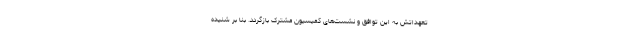
تعهداتش به این توافق و نشست‌های کمیسیون مشترک بازگردد. بنا بر شنیده